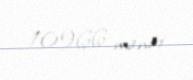
10966 manat